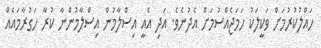
ހައްލުކުރުމަށް ވަކީލަކު ހަމަޖެއްސުމަށް އެދުނެވެ. އަދި އެއީ އިސްލާމުން އިސްލާމުންނާ ކުރާ ހަގުރާމައެއް